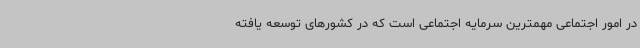
در امور اجتماعی مهمترین سرمایه اجتماعی است که در کشورهای توسعه یافته